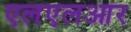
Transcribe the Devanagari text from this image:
एलएलआर